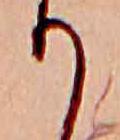
り